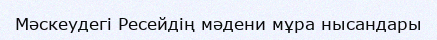
Мәскеудегі Ресейдің мәдени мұра нысандары